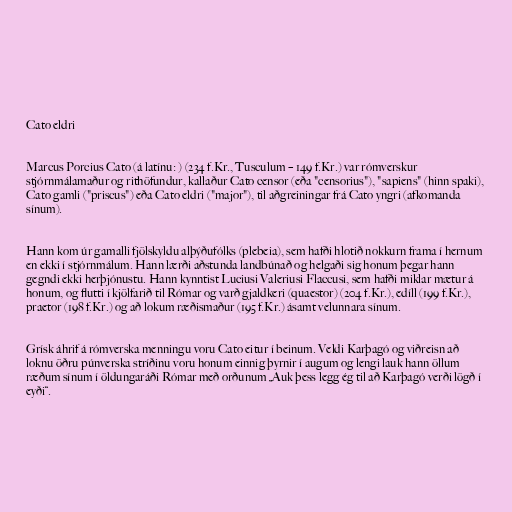
Cato eldri

Marcus Porcius Cato (á latínu: ) (234 f.Kr., Tusculum – 149 f.Kr.) var rómverskur
stjórnmálamaður og rithöfundur, kallaður Cato censor (eða "censorius"), "sapiens" (hinn spaki),
Cato gamli ("priscus") eða Cato eldri ("major"), til aðgreiningar frá Cato yngri (afkomanda
sínum).

Hann kom úr gamalli fjölskyldu alþýðufólks (plebeia), sem hafði hlotið nokkurn frama í hernum
en ekki í stjórnmálum. Hann lærði aðstunda landbúnað og helgaði sig honum þegar hann
gegndi ekki herþjónustu. Hann kynntist Luciusi Valeriusi Flaccusi, sem hafði miklar mætur á
honum, og flutti í kjölfarið til Rómar og varð gjaldkeri (quaestor) (204 f.Kr.), edíll (199 f.Kr.),
praetor (198 f.Kr.) og að lokum ræðismaður (195 f.Kr.) ásamt velunnara sínum.

Grísk áhrif á rómverska menningu voru Cato eitur í beinum. Veldi Karþagó og viðreisn að
loknu öðru púnverska stríðinu voru honum einnig þyrnir í augum og lengi lauk hann öllum
ræðum sínum í öldungaráði Rómar með orðunum „Auk þess legg ég til að Karþagó verði lögð í
eyði“.